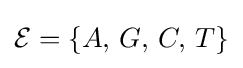
{\mathcal {E}}=\{A,\,G,\,C,\,T\}